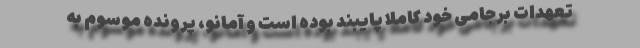
تعهدات برجامی خود کاملاً پایبند بوده است و آمانو، پرونده موسوم به